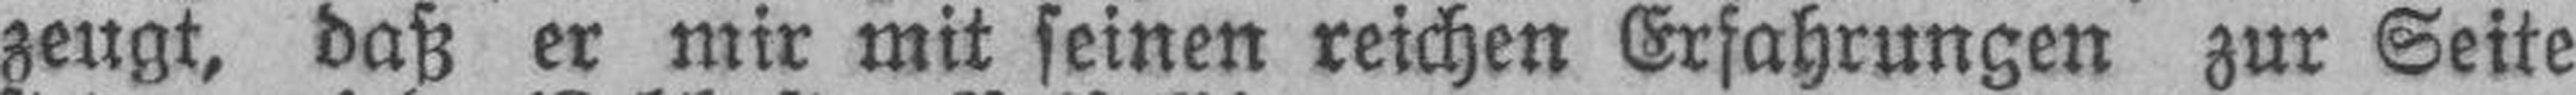
zeugt, daß er mir mit seinen reichen Erfahrungen zur Seite